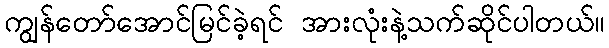
ကျွန်တော်အောင်မြင်ခဲ့ရင် အားလုံးနဲ့သက်ဆိုင်ပါတယ်။